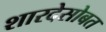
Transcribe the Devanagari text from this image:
शारदेसोबत